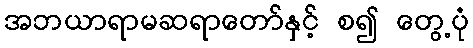
အဘယာရာမဆရာတော်နှင့် စ၍ တွေ့ပုံ